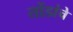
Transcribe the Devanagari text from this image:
तोंडांचे